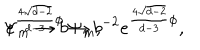
\Psi _ { m } \rightarrow b \Psi _ { m } , \hspace { 3 m m } e ^ { \frac { 4 \sqrt { d - 2 } } { d - 3 } \phi } \rightarrow b ^ { - 2 } e ^ { \frac { 4 \sqrt { d - 2 } } { d - 3 } \phi } ,